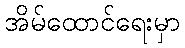
အိမ်ထောင်ရေးမှာ